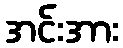
အင်းအား